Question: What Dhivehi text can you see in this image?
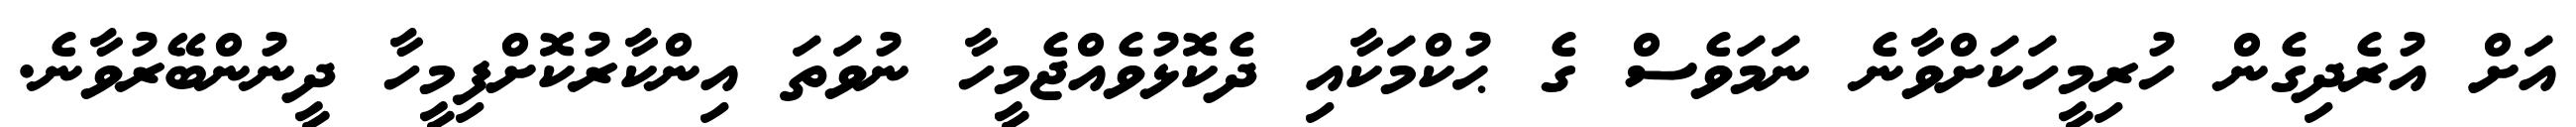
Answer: އަށް އުރެދިގެން ހުރިމީހަކަށްވާނެ ނަމަވެސް ގެ ޙުކްމަކާއި ދެކޮޅުވެއްޖެމީހާ ނުވަތަ އިންކާރުކޮށްފިމީހާ ދީނުންބޭރުވާނެ.